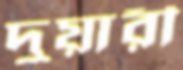
দুয়ারী